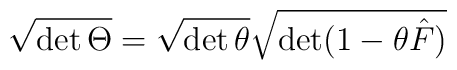
\sqrt{\det \Theta} = \sqrt{\det \theta} \sqrt{\det (1 - \theta \hat{F})}